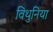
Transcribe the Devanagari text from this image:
विथुनिया